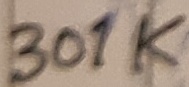
Text: 301K